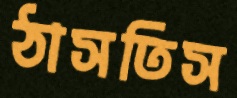
ঠাসতিস